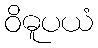
ဝိဓူပယံ